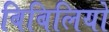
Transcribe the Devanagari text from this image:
बिबिलियो